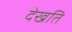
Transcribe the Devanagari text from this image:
देखति